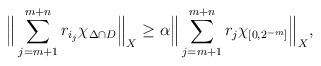
LaTeX: \begin{align*}\Big\|\sum_{j=m+1}^{m+n} r_{i_j}\chi_{\Delta\cap D}\Big\|_X\ge\alpha\Big\|\sum_{j=m+1}^{m+n} r_j\chi_{[0,2^{-m}]}\Big\|_X,\end{align*}